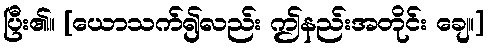
ပြီး၏။ [ယောသက်၍လည်း ဤနည်းအတိုင်း ချေ။]